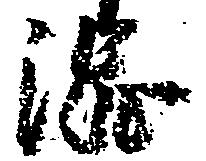
渋